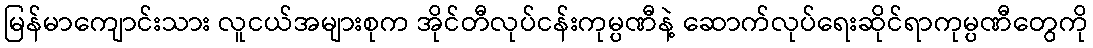
မြန်မာကျောင်းသား လူငယ်အများစုက အိုင်တီလုပ်ငန်းကုမ္ပဏီနဲ့ ဆောက်လုပ်ရေးဆိုင်ရာကုမ္ပဏီတွေကို